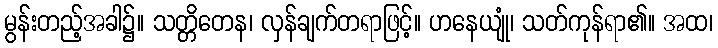
မွန်းတည့်အခါ၌။ သတ္တိတေန၊ လှန်ချက်တရာဖြင့်။ ဟနေယျုံ၊ သတ်ကုန်ရာ၏။ အထ၊